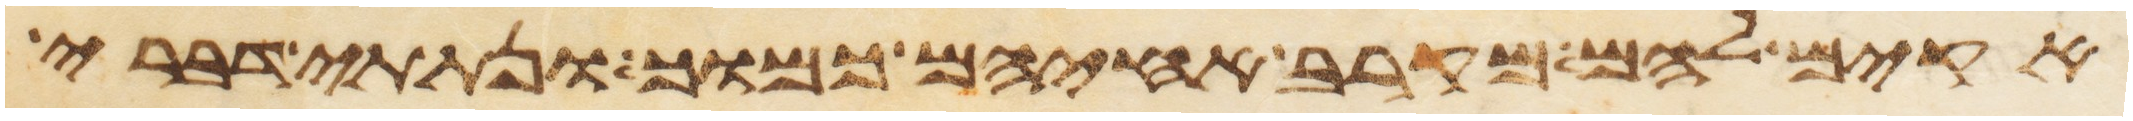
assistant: אקים להם מקרב אחיהם כמוך ונתתי דברי